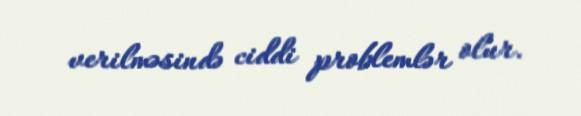
verilməsində ciddi problemlər olur.